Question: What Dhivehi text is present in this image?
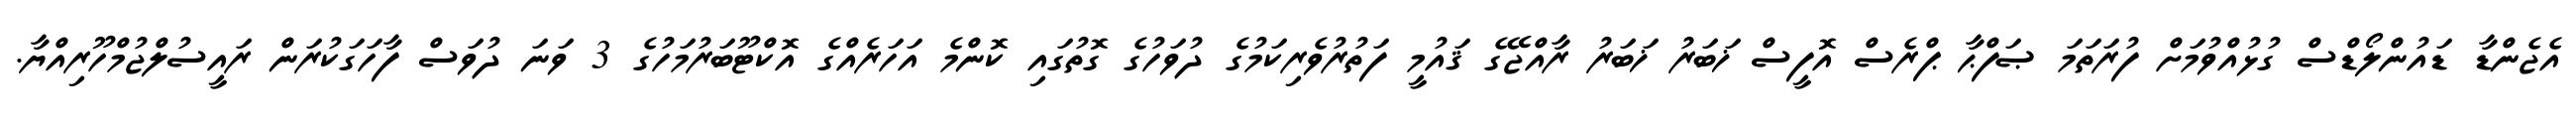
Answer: އެޖެންޑާ ޑައުންލޯޑްސް ގުޅުއްވުމަށް ފުރަތަމަ ޞަފްޙާ ޕްރެސް އޮފީސް ޚަބަރު ޚަބަރު ރާއްޖޭގެ ޤައުމީ ފަތުރުވެރިކަމުގެ ދުވަހުގެ ގޮތުގައި ކޮންމެ އަހަރެއްގެ އޮކްޓޫބަރުމަހުގެ 3 ވަނަ ދުވަސް ފާހަގަކުރަން ރައީސުލްޖުމްހޫރިއްޔާ.